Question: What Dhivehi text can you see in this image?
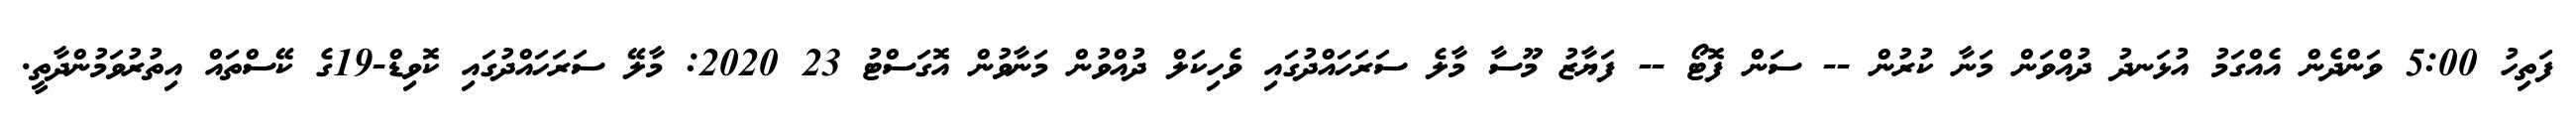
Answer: ފަތިހު 5:00 ވަންދެން އެއްގަމު އުޅަނދު ދުއްވަން މަނާ ކުރުން -- ސަން ފޮޓޯ -- ފަޔާޒު މޫސާ މާލެ ސަރަހައްދުގައި ވެހިކަލް ދުއްވުން މަނާވުން އޮގަސްޓު 23 2020: މާލޭ ސަރަހައްދުގައި ކޮވިޑް-19ގެ ކޭސްތައް އިތުރުވަމުންދާތީ.